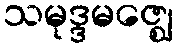
သမုဒ္ဒမဇ္ဈေ